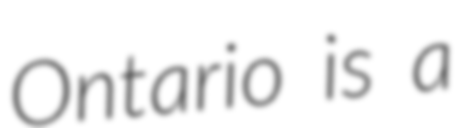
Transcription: Ontario is a